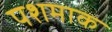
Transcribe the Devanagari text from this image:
पशमाक